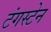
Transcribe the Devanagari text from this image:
टंगस्टेन